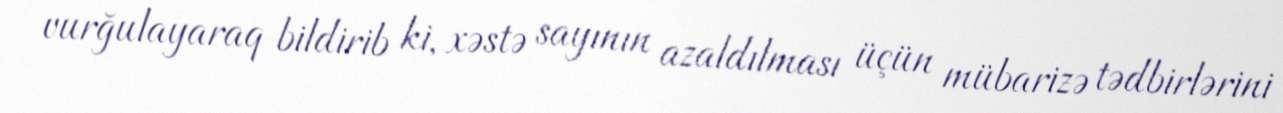
vurğulayaraq bildirib ki, xəstə sayının azaldılması üçün mübarizə tədbirlərini